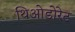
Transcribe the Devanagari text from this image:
थिओडोरेट